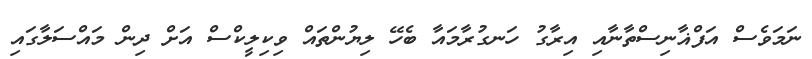
ނަމަވެސް އަފްޣާނިސްތާނާއި އިރާގު ހަނގުރާމައާ ބެހޭ ލިޔުންތައް ވިކިލީކްސް އަށް ދިން މައްސަލާގައި